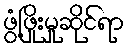
ဖွံ့ဖြိုးမှုဆိုင်ရာ